Medical and sanitary report of the native army of Bengal for the year
Year: 1877
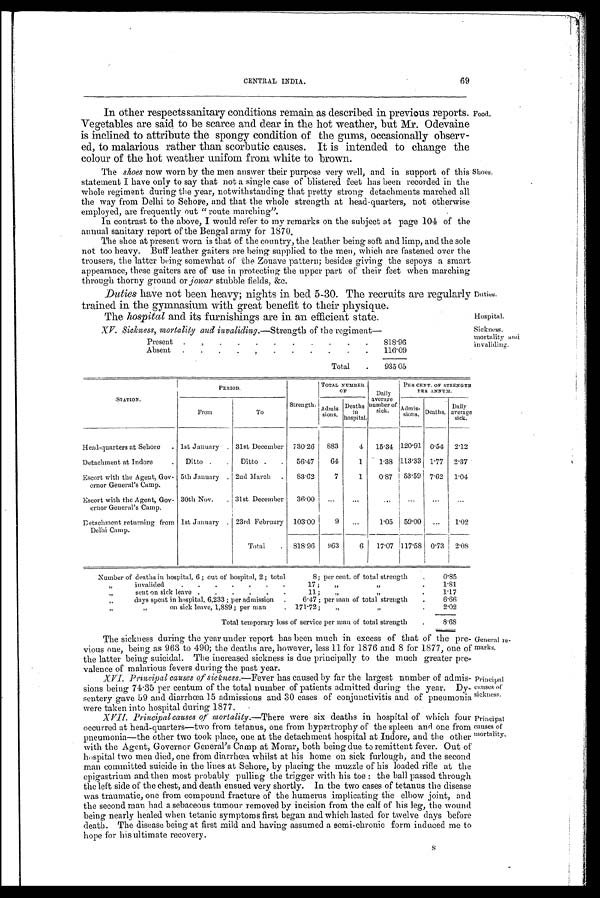
69
CENTRAL INDIA.
In other respects sanitary conditions remain as described in previous reports.
Vegetables are said to be scarce and dear in the hot weather, but Mr. Odevaine
is inclined to attribute the spongy condition of the gums, occasionally observ-
ed, to malarious rather than scorbutic causes. It is intended to change the
colour of the hot weather unifom from white to brown.
The shoes now worn by the men answer their purpose very well, and in support of this
statement I have only to say that not a single case of blistered feet has been recorded in the
whole regiment during the year, notwithstanding that pretty strong detachments marched all
the way from Delhi to Sehore, and that the whole strength at head-quarters, not otherwise
employed, are frequently out "route marching".
In contrast to the above, I would refer to my remarks on the subject at page 104 of the
annual sanitary report of the Bengal army for 1870.
The shoe at present worn is that of the country, the leather being soft and limp, and the sole
not too heavy. Buff leather gaiters are being supplied to the men, which are fastened over the
trousers, the latter being somewhat of the Zouave pattern; besides giving the sepoys a smart
appearance, these gaiters are of use in protecting the upper part of their feet when marching
through thorny ground or j owar stubble fields, &c.
Duties have not been heavy; nights in bed 5-30. The recruits are regularly
trained in the gymnasium with great benefit to their physique.
The hospital and its furnishings are in an efficient state.
XV. Sickness, mortality and invaliding.— Strength of the regiment—
Present
818.96
Absent
116.09
Total
935.05
Food.
Shoes.
Duties.
Hospital.
Sickness.
mortality and
invaliding.
S T A T I O N .
PERIOD.
Strength.
TOTAL NUMBER
OF
Daily
average
number of
sick.
PER CENT. OF STRENGTH
PER ANNUM.
From
To
Admis-
sions.
Deaths
in
hospital.
Admis-
sions. Deaths.
Daily
average
sick.
Head-quarters at Sehore
1st January
31st December 730.26
883
4
15.34 120.91 0.54 2.12
Detachment at Indore
Ditto
Ditto
56.47
64
1
1.38 113.33 1.77 2.37
Escort with the Agent, Gov-
error General's Camp.
5th January
2nd March
83.62
7
1
0.87
53.59 7.62
1.04
Escort with the Agent, Gov-
error General's Camp.
30th Nov.
31st December
36.00
...
... ...
...
... ...
Detachment returning from
Delhi Camp.
1st January
23rd February 103.00
9
...
1.05
59.00
...
1.02
Total
818.96
963
6
17.07 117.58 0.73
2.08
Number of deaths in hospital, 6; out of hospital, 2; total
8; per cent. of total strength
0.85
„
invalided
17 ;
„ „
1. 81
„
sent on sick leave
11 ;
„ „
1.17
„
days spent in hospital, 6,233 ; per admission
6.47 ; per man of total strength
.
6.66
„ „
on sick leave, 1,889; per man
171.72;
„ „
2.02
Total temporary loss of service per man of total strength
8.68
The sickness during the year under report has been much in excess of that of the pre-
vious one, being as 963 to 490; the deaths are, however, less 11 for 1876 and 8 for 1877, one of
the latter being suicidal. The increased sickness is due principally to the much greater pre-
valence of malarious fevers during the past year.
XVI. Principal causes of sickness. —Fever has caused by far the largest number of admis-
sions being 74.35 per centum of the total number of patients admitted during the year. Dy-
sentery gave 59 and diarrhœa 15 admissions and 30 cases of conjunctivitis and of pneumonia
were taken into hospital during 1877.
XVII. Principal causes of mortality.— There were six deaths in hospital of which four
occurred at head-quarters—two from tetanus, one from hypertrophy of the spleen and one from
pneumonia—the other two took place, one at the detachment hospital at Indore, and the other
with the Agent, Governor General's Camp at Morar, both being due to remittent fever. Out of
hospital two men died, one from diarrhœa whilst at his home on sick furlough, and the second
man committed suicide in the lines at Sehore, by placing the muzzle of his loaded rifle at the
epigastrium and then most probably pulling the trigger with his toe: the ball passed through
the left side of the chest, and death ensued very shortly. In the two cases of tetanus the disease
was traumatic, one from compound fracture of the humerus implicating the elbow joint, and
the second man had a sebaceous tumour removed by incision from the calf of his leg, the wound
being nearly healed when tetanic symptoms first began and which lasted for twelve days before
death. The disease being at first mild and having assumed a semi-chronic form induced me to
hope for his ultimate recovery.
General re-
marks.
Principal
causes of
sickness.
Principal
causes of
mortality
S